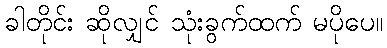
ခါတိုင်း ဆိုလျှင် သုံးခွက်ထက် မပိုပေ။